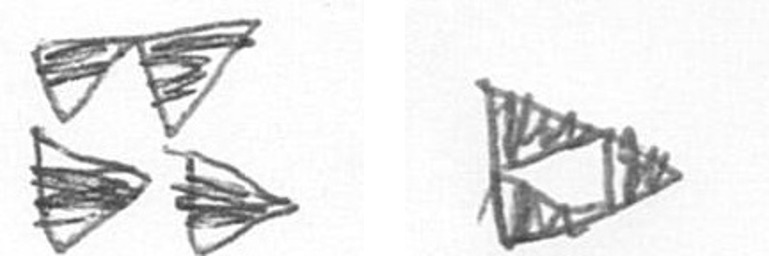
B K